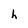
Character: h